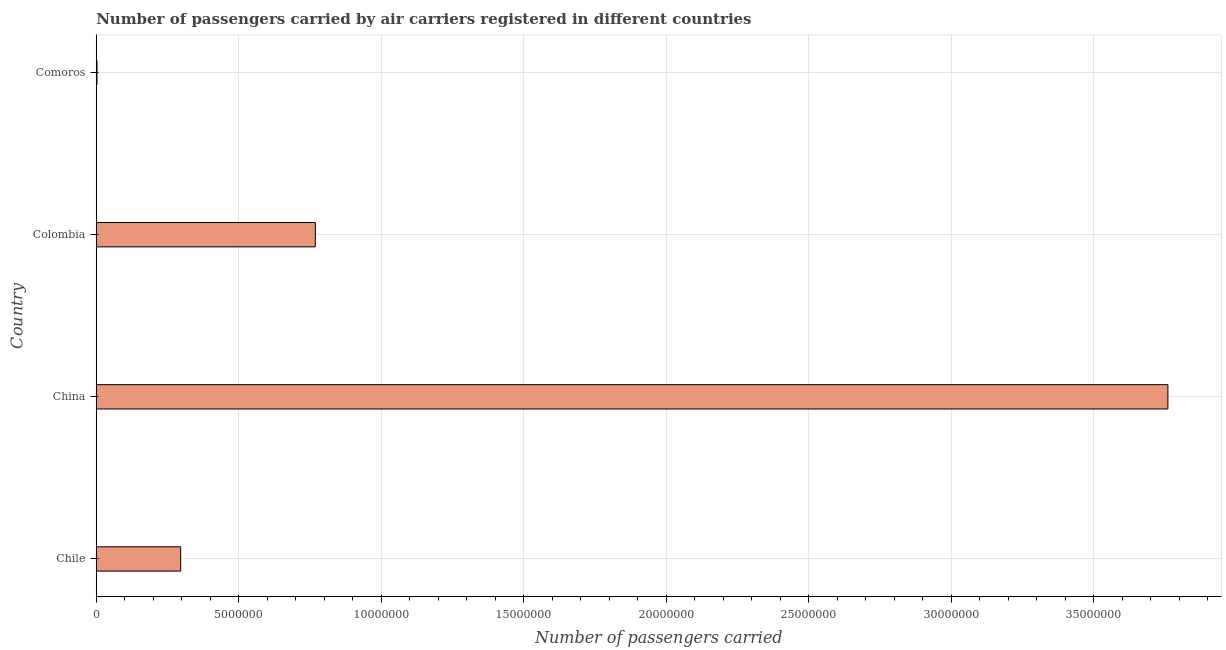
| Country | Air transport |
 | --- | --- |
 | Chile | 2.96e+06 |
 | China | 3.76e+07 |
 | Colombia | 7.69e+06 |
 | Comoros | 2.6e+04 |